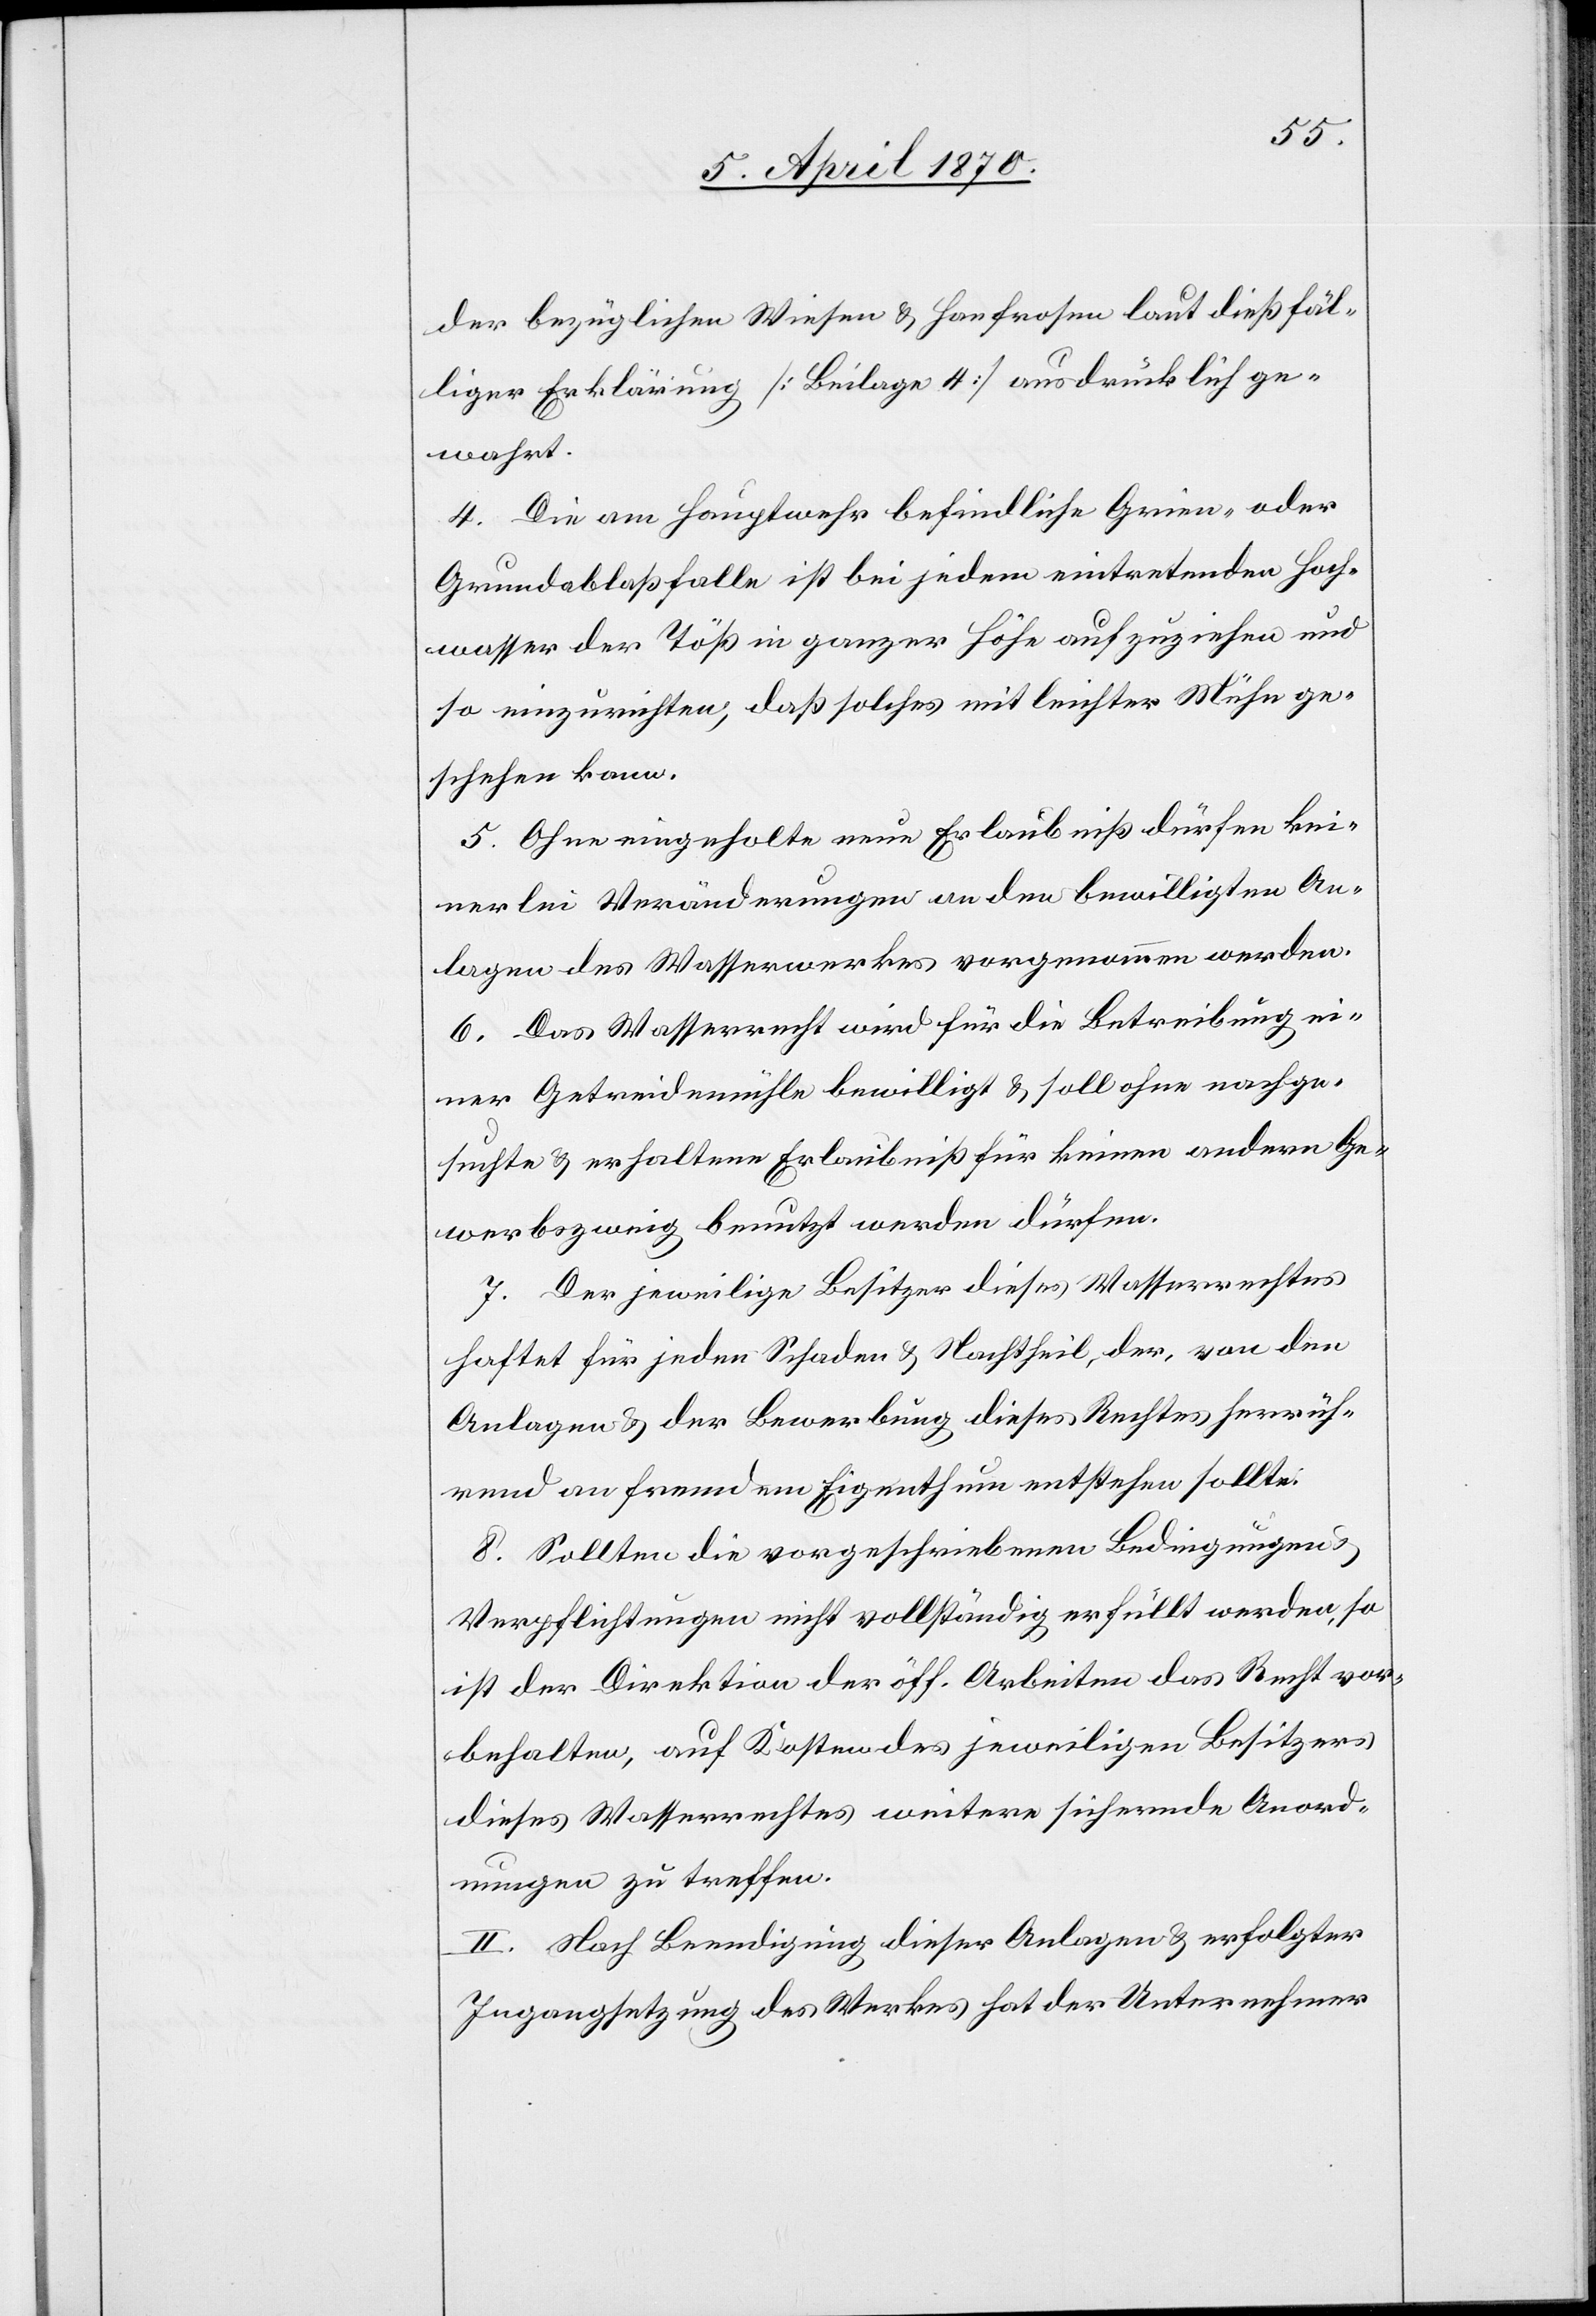
der bezüglichen Wiesen & Hanfrosen laut dießfäl¬
liger Erklärung [Beilage 4] ausdrücklich ge¬
wahrt.
4. Die am Hauptwehr befindliche Grien- oder
Grundablaßfalle ist bei jedem eintretenden Hoch¬
wasser der Töß in ganzer Höhe aufzuziehen und
so einzurichten, daß solches mit leichter Mühe ge¬
schehen kann.
5. Ohne eingeholte neue Erlaubniß dürfen kei¬
nerlei Veränderungen an den bewilligten An¬
lagen des Wasserwerkes vorgenommen werden.
6. Das Wasserrecht wird für die Betreibung ei¬
ner Getreidemühle bewilligt & soll ohne nachge¬
suchte & erhaltene Erlaubniß für keinen andern Ge¬
werbszweig benutzt werden dürfen.
7. Der jeweilige Besitzer dieses Wasserrechtes
haftet für jeden Schaden & Nachtheil, der, von den
Anlagen & der Bewerbung dieses Rechtes herrüh¬
rend an fremdem Eigenthum entstehen sollte.
8. Sollten die vorgeschriebenen Bedingungen &
Verpflichtungen nicht vollständig erfüllt werden, so
ist der Direktion der öff. Arbeiten das Recht vor¬
behalten, auf Kosten des jeweiligen Besitzers
dieses Wasserrechtes weitere sichernde Anord¬
nungen zu treffen.
II. Nach Beendigung dieser Anlagen & erfolgter
Ingangsetzung des Werkes hat der Unternehmer